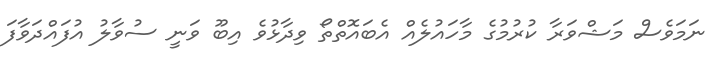
ނަމަވެސް މަޝްވަރާ ކުރުމުގެ މާހައުލެއް އެބައޮތްތޯ ވިދާޅުވެ އިބޫ ވަނީ ސުވާލު އުފައްދަވާފަ